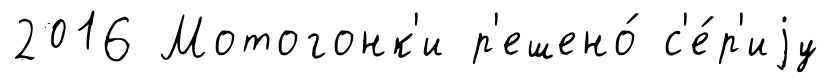
2016 Мотогонк'и р'ешено́ с'е́р'иjу